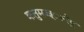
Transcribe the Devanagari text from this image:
क्रतुमज्ज्ानेषु